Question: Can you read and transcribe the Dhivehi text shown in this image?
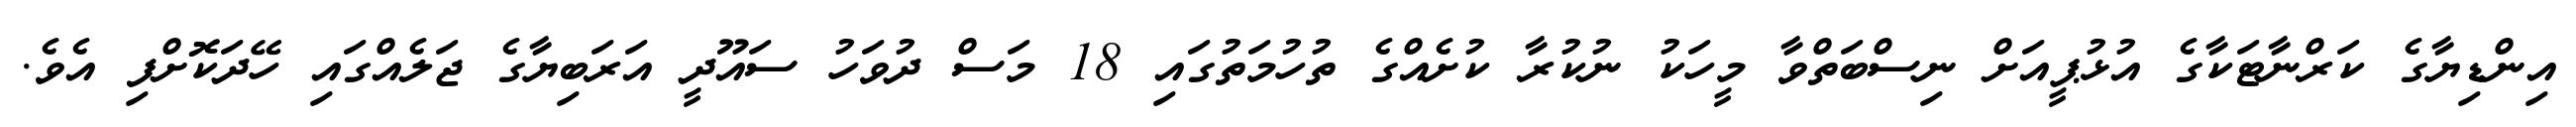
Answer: އިންޑިޔާގެ ކަރްނާޓަކާގެ އުޅުޕީއަށް ނިސްބަތްވާ މީހަކު ނުކުރާ ކުށެއްގެ ތުހުމަތުގައި 18 މަސް ދުވަހު ސައޫދީ އަރަބިޔާގެ ޖަލެއްގައި ހޭދަކޮށްފި އެވެ.